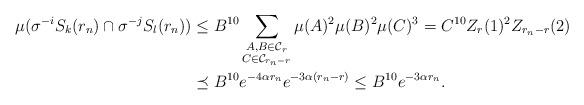
LaTeX: \begin{align*}\mu(\sigma^{-i}S_k(r_n)\cap \sigma^{-j}S_l(r_n))&\leq B^{10}\sum_{\substack{A,B\in\mathcal{C}_r\\ C\in\mathcal{C}_{r_n-r}}}\mu(A)^2\mu(B)^2\mu(C)^3=C^{10}Z_{r}(1)^2Z_{r_n-r}(2)\\&\preceq B^{10}e^{-4\alpha r_n}e^{-3\alpha(r_n-r)}\leq B^{10}e^{-3\alpha r_n}.\end{align*}